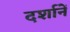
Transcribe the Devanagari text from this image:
दर्शानें